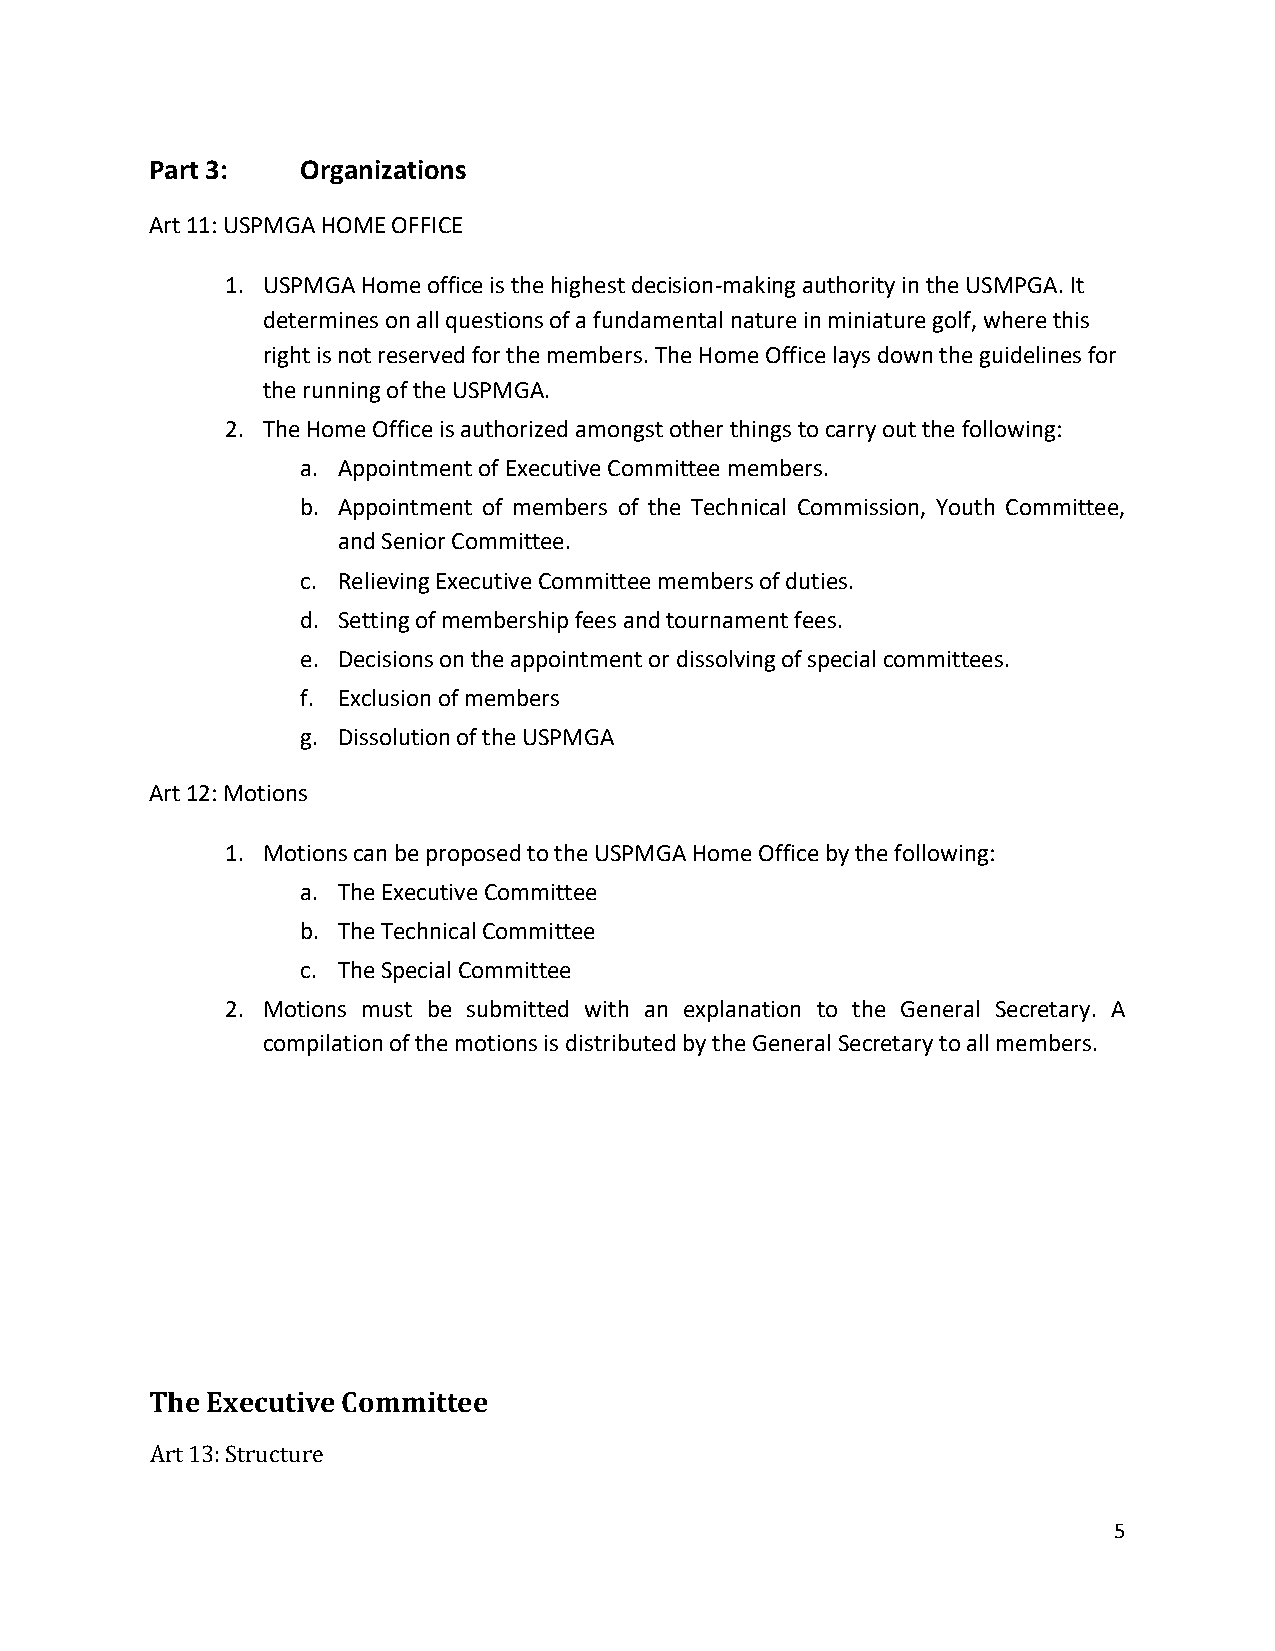
Part 3:   Organizations
 Art 11: USPMGA HOME OFFICE
 1. USPMGA Home office is the highest decision-making authority in the USMPGA. It
 determines on all questions of a fundamental nature in miniature golf, where this
 right is not reserved for the members. The Home Office lays down the guidelines for
 the running of the USPMGA.
 2. The Home Office is authorized amongst other things to carry out the following:
 a. Appointment of Executive Committee members.
 b. Appointment of members of the Technical Commission, Youth Committee,
 and Senior Committee.
 c. Relieving Executive Committee members of duties.
 d. Setting of membership fees and tournament fees.
 e. Decisions on the appointment or dissolving of special committees.
 f. Exclusion of members
 g. Dissolution of the USPMGA
 Art 12: Motions
 1. Motions can be proposed to the USPMGA Home Office by the following:
 a. The Executive Committee
 b. The Technical Committee
 c. The Special Committee
 2. Motions must be submitted with an explanation to the General Secretary. A
 compilation of the motions is distributed by the General Secretary to all members.
 The Executive Committee
 Art 13: Structure
 5